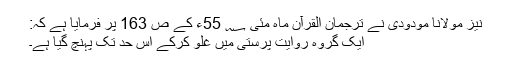
نیز مولانا مودودی نے ترجمان القرآن ماہ مئی ؁ 55ء کے ص 163 پر فرمایا ہے کہ:
ایک گروہ روایت پرستی میں غلو کرکے اس حد تک پہنچ گیا ہے۔